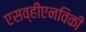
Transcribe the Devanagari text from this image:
एसव्हीएनविकी